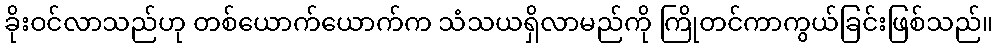
ခိုးဝင်လာသည်ဟု တစ်ယောက်ယောက်က သံသယရှိလာမည်ကို ကြိုတင်ကာကွယ်ခြင်းဖြစ်သည်။